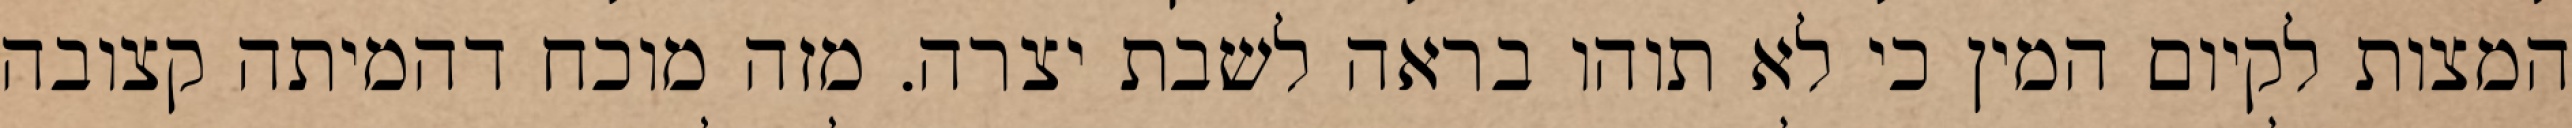
המצות לקיום המין כי לא תוהו בראה לשבת יצרה. מזה מוכח דהמיתה קצובה